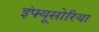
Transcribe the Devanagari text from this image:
इंफ्यूसोरिया